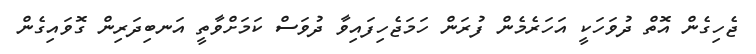
ޖެހިގެން އޮތް ދުވަހަކީ އަހަރެމެން ފުރަން ހަމަޖެހިފައިވާ ދުވަސް ކަމަށްވާތީ އަނބިދަރިން ގޮވައިގެން